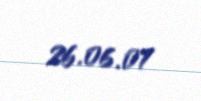
26.06.07